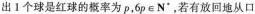
出1个球是红球的概率为p，6pN”，若有放回地从口